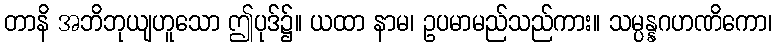
တာနိ အဘိဘုယျဟူသော ဤပုဒ်၌။ ယထာ နာမ၊ ဥပမာမည်သည်ကား။ သမ္ပန္နဂဟဏိကော၊